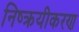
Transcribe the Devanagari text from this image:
निष्क्रयीकरण